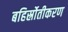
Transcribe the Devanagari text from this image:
बहिर्स्रोतीकरण